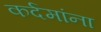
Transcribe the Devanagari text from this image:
कर्दमांना